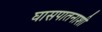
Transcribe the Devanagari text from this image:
घासपातनाशी